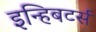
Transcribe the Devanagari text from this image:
इन्हिबटर्स